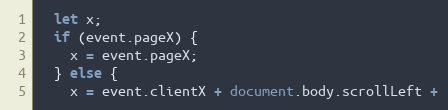
Language: JavaScript
  let x;
  if (event.pageX) {
    x = event.pageX;
  } else {
    x = event.clientX + document.body.scrollLeft +